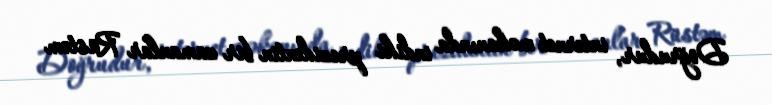
Doğrudur, internet məkanında indiki prezidentin bir zamanlar Rüstəm